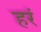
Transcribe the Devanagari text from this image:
हरं